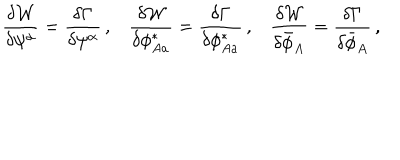
LaTeX: \frac { \delta { \cal W } } { \delta \psi ^ { \alpha } } = \frac { \delta \Gamma } { \delta \psi ^ { \alpha } } \, , \frac { \delta { \cal W } } { \delta \phi _ { A a } ^ { * } } = \frac { \delta \Gamma } { \delta \phi _ { A a } ^ { * } } \, , \frac { \delta { \cal W } } { \delta \bar { \phi } _ { A } } = \frac { \delta \Gamma } { \delta \bar { \phi } _ { A } } \, ,